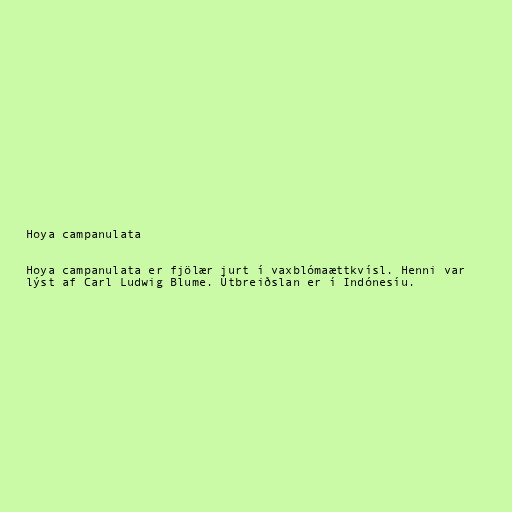
Hoya campanulata

Hoya campanulata er fjölær jurt í vaxblómaættkvísl. Henni var
lýst af Carl Ludwig Blume. Útbreiðslan er í Indónesíu.